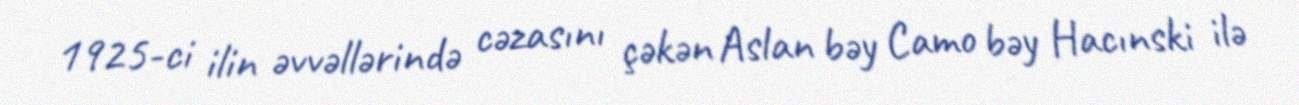
1925-ci ilin əvvəllərində cəzasını çəkən Aslan bəy Camo bəy Hacınski ilə